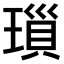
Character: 𤨏